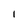
Character: 1